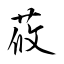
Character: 莜